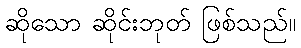
ဆိုသော ဆိုင်းဘုတ် ဖြစ်သည်။